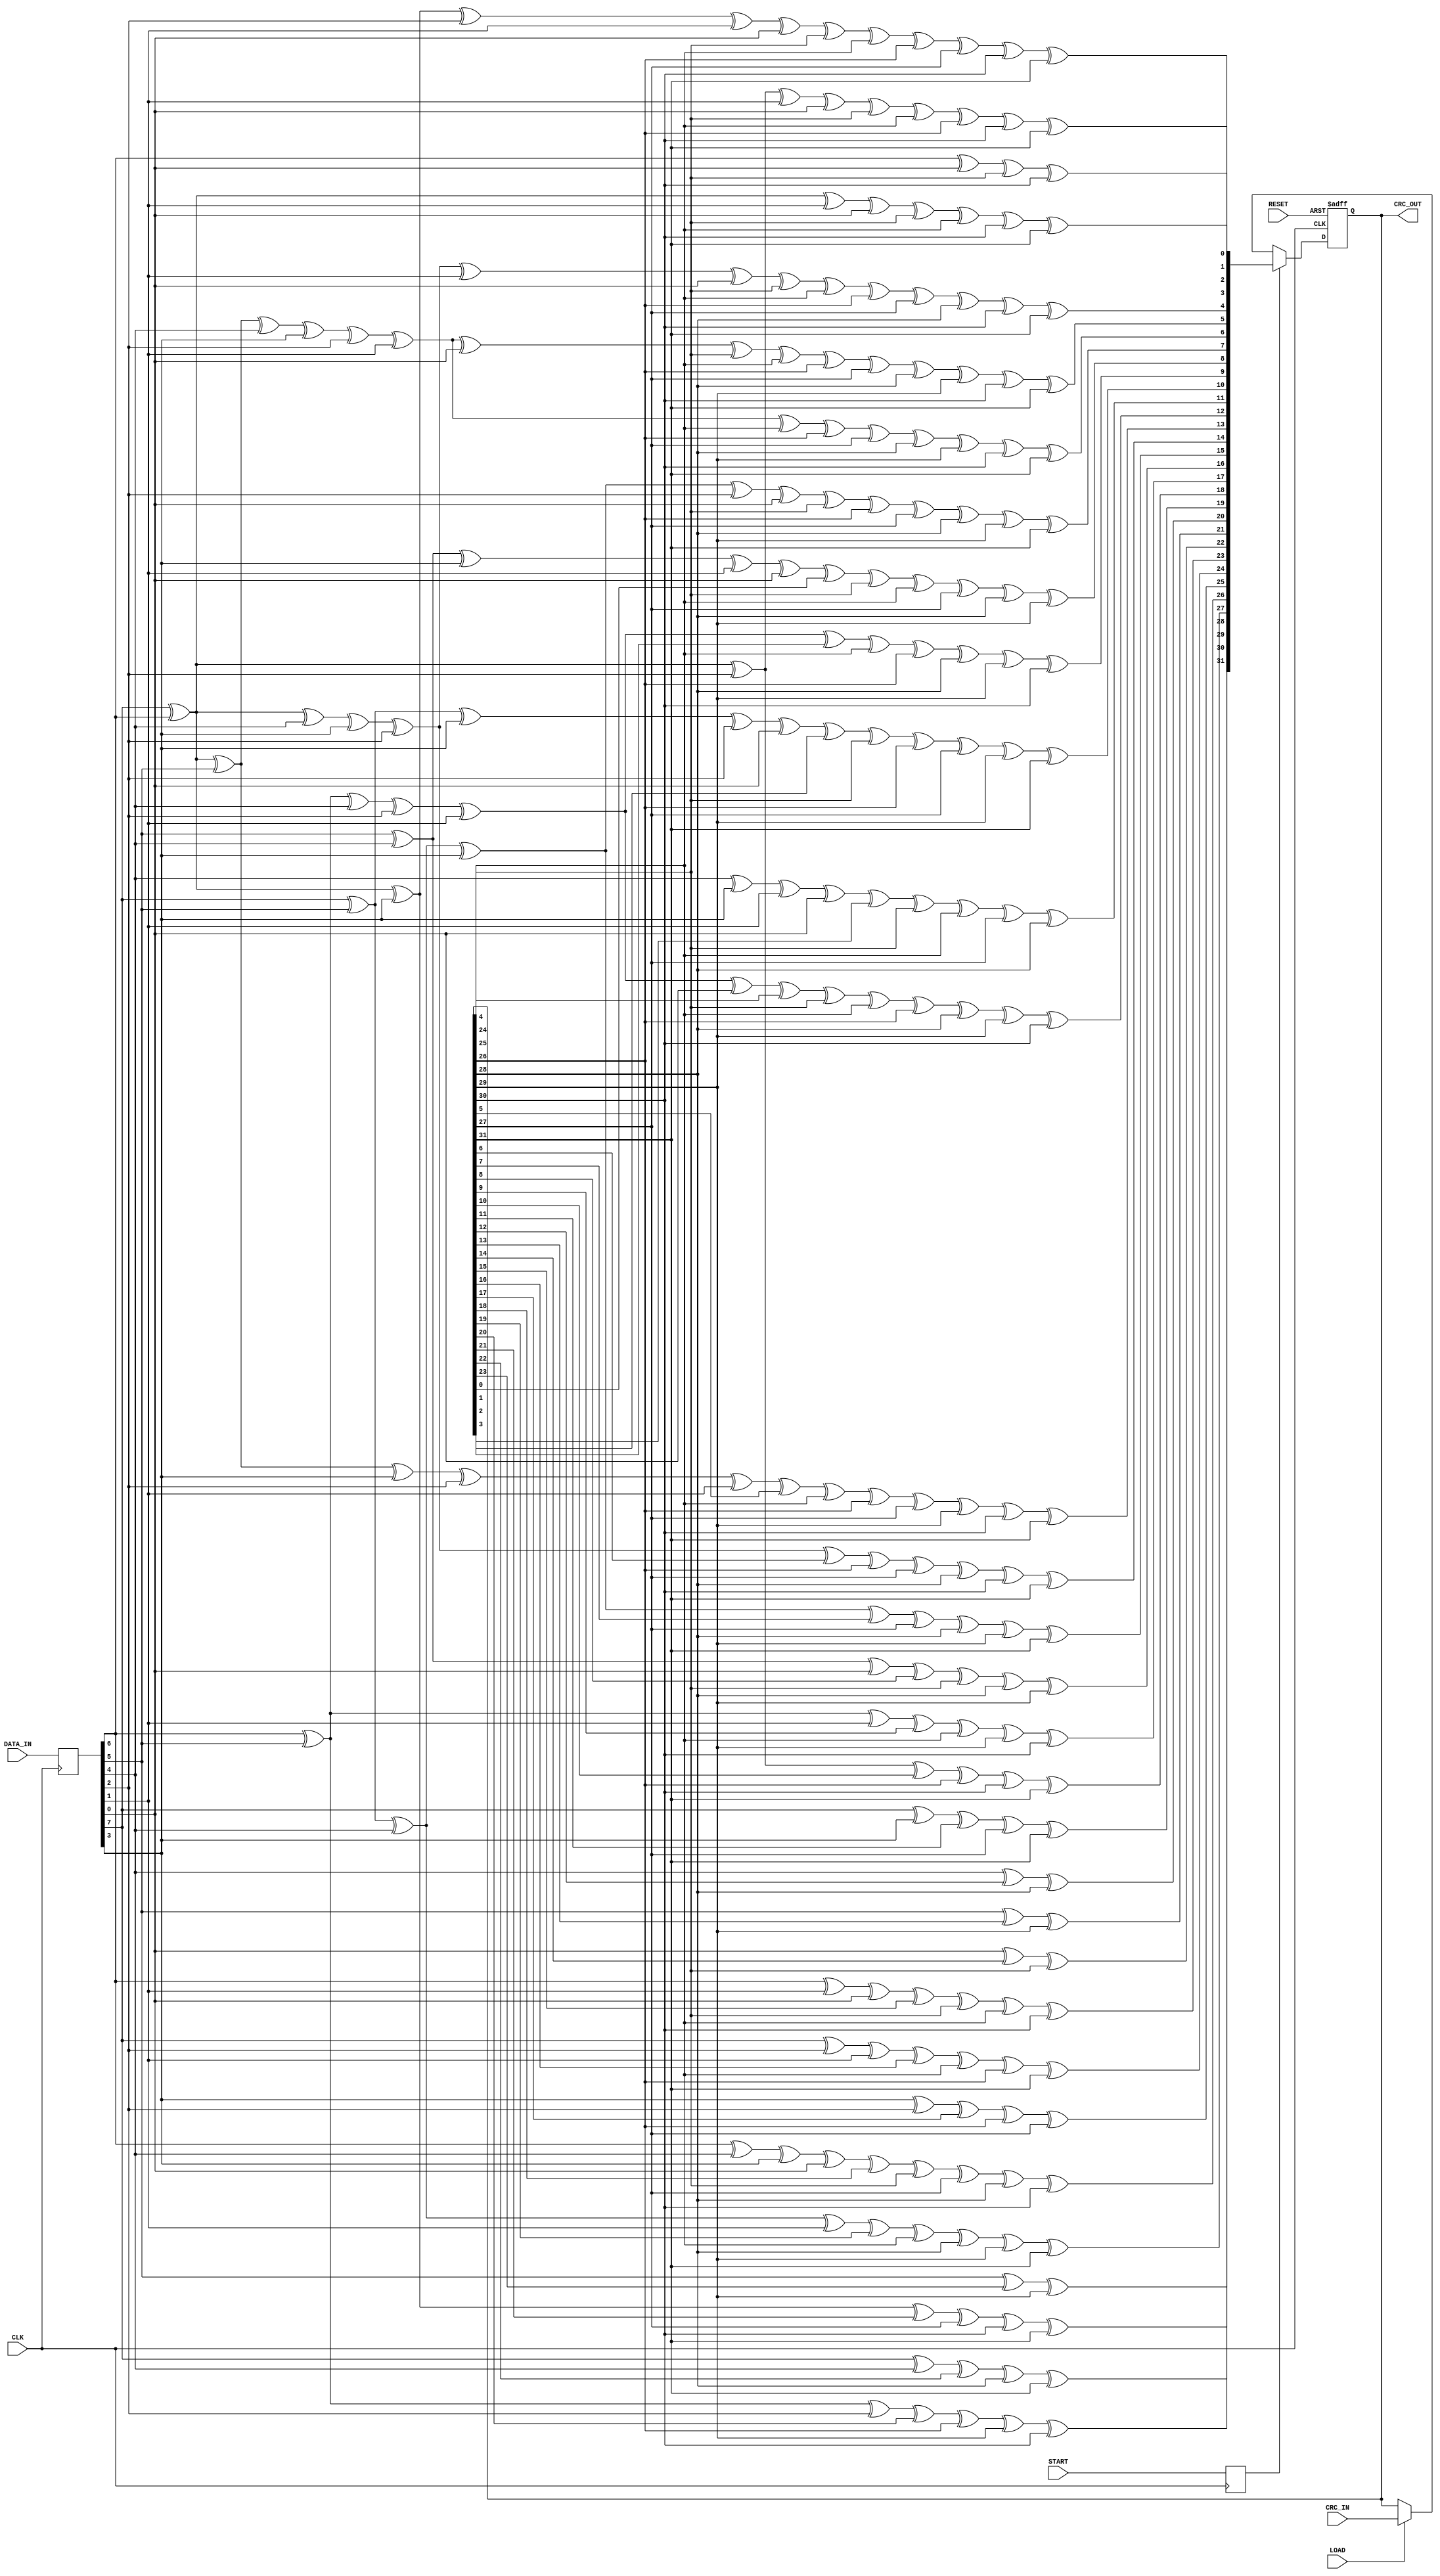
module CRC32_D8(DATA_IN, CLK, RESET, START, LOAD, CRC_IN, CRC_OUT);

  input [7:0] DATA_IN;
  input CLK;	
  input RESET;
  input START;
  input LOAD; 
  input [31:0] CRC_IN;
  output [31:0] CRC_OUT;

  reg [31:0] CRC_OUT;
  reg start_int;
  reg [7:0] data_int;
  
always @(posedge CLK)
begin
  start_int <= START;
  data_int <= DATA_IN;
end

always @(posedge CLK or posedge RESET)
  begin
    if (RESET) begin
        CRC_OUT = 0;
    end
    else if (start_int == 1) begin
        CRC_OUT = nextCRC32_D8(data_int, CRC_OUT);
    end 
    else if (LOAD == 1) begin
        CRC_OUT = CRC_IN;
    end   
    

    	
  end


///////////////////////////////////////////////////////////////////////
//                                                                     
// Copyright (C) 1999-2003 Easics NV.                 
// This source file may be used and distributed without restriction    
// provided that this copyright statement is not removed from the file 
// and that any derivative work contains the original copyright notice
// and the associated disclaimer.
//
// THIS SOURCE FILE IS PROVIDED "AS IS" AND WITHOUT ANY EXPRESS
// OR IMPLIED WARRANTIES, INCLUDING, WITHOUT LIMITATION, THE IMPLIED
// WARRANTIES OF MERCHANTIBILITY AND FITNESS FOR A PARTICULAR PURPOSE.
//
// Purpose: Verilog module containing a synthesizable CRC function
//   * polynomial: (0 1 2 4 5 7 8 10 11 12 16 22 23 26 32)
//   * data width: 64
//                                                                     
// Info: tools@easics.be
//       http://www.easics.com                                  
///////////////////////////////////////////////////////////////////////

  // polynomial: (0 1 2 3 4 5 7 8 10 11 12 16 22 23 26 32)
  // data width: 8
  // convention: the first serial data bit is D[7]
  function [31:0] nextCRC32_D8;

    input [7:0] Data;
    input [31:0] CRC;

    reg [7:0] D;
    reg [31:0] C;
    reg [31:0] NewCRC;

  begin

    D = Data;
    C = CRC;

    NewCRC[0] = D[6] ^ D[0] ^ C[24] ^ C[30];
    NewCRC[1] = D[7] ^ D[6] ^ D[1] ^ D[0] ^ C[24] ^ C[25] ^ C[30] ^ 
                C[31];
    NewCRC[2] = D[7] ^ D[6] ^ D[2] ^ D[1] ^ D[0] ^ C[24] ^ C[25] ^ 
                C[26] ^ C[30] ^ C[31];
    NewCRC[3] = D[7] ^ D[6] ^ D[3] ^ D[2] ^ D[1] ^ D[0] ^ C[24] ^ C[25] ^ 
                C[26] ^ C[27] ^ C[30] ^ C[31];
    NewCRC[4] = D[7] ^ D[6] ^ D[4] ^ D[3] ^ D[2] ^ D[1] ^ D[0] ^ C[24] ^ 
                C[25] ^ C[26] ^ C[27] ^ C[28] ^ C[30] ^ C[31];
    NewCRC[5] = D[7] ^ D[6] ^ D[5] ^ D[4] ^ D[3] ^ D[2] ^ D[1] ^ D[0] ^ 
                C[24] ^ C[25] ^ C[26] ^ C[27] ^ C[28] ^ C[29] ^ C[30] ^ 
                C[31];
    NewCRC[6] = D[7] ^ D[6] ^ D[5] ^ D[4] ^ D[3] ^ D[2] ^ D[1] ^ C[25] ^ 
                C[26] ^ C[27] ^ C[28] ^ C[29] ^ C[30] ^ C[31];
    NewCRC[7] = D[7] ^ D[5] ^ D[4] ^ D[3] ^ D[2] ^ D[0] ^ C[24] ^ C[26] ^ 
                C[27] ^ C[28] ^ C[29] ^ C[31];
    NewCRC[8] = D[5] ^ D[4] ^ D[3] ^ D[1] ^ D[0] ^ C[0] ^ C[24] ^ C[25] ^ 
                C[27] ^ C[28] ^ C[29];
    NewCRC[9] = D[6] ^ D[5] ^ D[4] ^ D[2] ^ D[1] ^ C[1] ^ C[25] ^ C[26] ^ 
                C[28] ^ C[29] ^ C[30];
    NewCRC[10] = D[7] ^ D[5] ^ D[3] ^ D[2] ^ D[0] ^ C[2] ^ C[24] ^ C[26] ^ 
                 C[27] ^ C[29] ^ C[31];
    NewCRC[11] = D[4] ^ D[3] ^ D[1] ^ D[0] ^ C[3] ^ C[24] ^ C[25] ^ 
                 C[27] ^ C[28];
    NewCRC[12] = D[6] ^ D[5] ^ D[4] ^ D[2] ^ D[1] ^ D[0] ^ C[4] ^ C[24] ^ 
                 C[25] ^ C[26] ^ C[28] ^ C[29] ^ C[30];
    NewCRC[13] = D[7] ^ D[6] ^ D[5] ^ D[3] ^ D[2] ^ D[1] ^ C[5] ^ C[25] ^ 
                 C[26] ^ C[27] ^ C[29] ^ C[30] ^ C[31];
    NewCRC[14] = D[7] ^ D[6] ^ D[4] ^ D[3] ^ D[2] ^ C[6] ^ C[26] ^ C[27] ^ 
                 C[28] ^ C[30] ^ C[31];
    NewCRC[15] = D[7] ^ D[5] ^ D[4] ^ D[3] ^ C[7] ^ C[27] ^ C[28] ^ 
                 C[29] ^ C[31];
    NewCRC[16] = D[5] ^ D[4] ^ D[0] ^ C[8] ^ C[24] ^ C[28] ^ C[29];
    NewCRC[17] = D[6] ^ D[5] ^ D[1] ^ C[9] ^ C[25] ^ C[29] ^ C[30];
    NewCRC[18] = D[7] ^ D[6] ^ D[2] ^ C[10] ^ C[26] ^ C[30] ^ C[31];
    NewCRC[19] = D[7] ^ D[3] ^ C[11] ^ C[27] ^ C[31];
    NewCRC[20] = D[4] ^ C[12] ^ C[28];
    NewCRC[21] = D[5] ^ C[13] ^ C[29];
    NewCRC[22] = D[0] ^ C[14] ^ C[24];
    NewCRC[23] = D[6] ^ D[1] ^ D[0] ^ C[15] ^ C[24] ^ C[25] ^ C[30];
    NewCRC[24] = D[7] ^ D[2] ^ D[1] ^ C[16] ^ C[25] ^ C[26] ^ C[31];
    NewCRC[25] = D[3] ^ D[2] ^ C[17] ^ C[26] ^ C[27];
    NewCRC[26] = D[6] ^ D[4] ^ D[3] ^ D[0] ^ C[18] ^ C[24] ^ C[27] ^ 
                 C[28] ^ C[30];
    NewCRC[27] = D[7] ^ D[5] ^ D[4] ^ D[1] ^ C[19] ^ C[25] ^ C[28] ^ 
                 C[29] ^ C[31];
    NewCRC[28] = D[6] ^ D[5] ^ D[2] ^ C[20] ^ C[26] ^ C[29] ^ C[30];
    NewCRC[29] = D[7] ^ D[6] ^ D[3] ^ C[21] ^ C[27] ^ C[30] ^ C[31];
    NewCRC[30] = D[7] ^ D[4] ^ C[22] ^ C[28] ^ C[31];
    NewCRC[31] = D[5] ^ C[23] ^ C[29];

    nextCRC32_D8 = NewCRC;

  end

  endfunction

endmodule